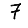
Digit: 7